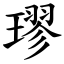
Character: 璆